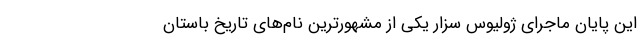
این پایان ماجرای ژولیوس سزار یکی از مشهورترین نام‌های تاریخ باستان